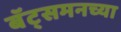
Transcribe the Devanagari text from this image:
बॅट्समनच्या